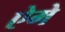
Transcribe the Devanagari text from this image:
ऐमे